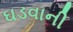
ઘડવાની